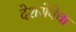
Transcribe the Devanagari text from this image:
देशसेवेचा